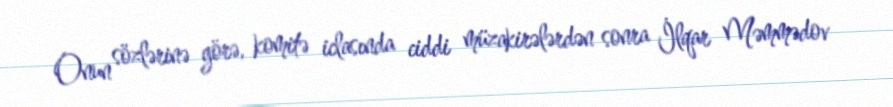
Onun sözlərinə görə, komitə iclasında ciddi müzakirələrdən sonra İlqar Məmmədov